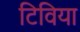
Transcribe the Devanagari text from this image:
टिविया